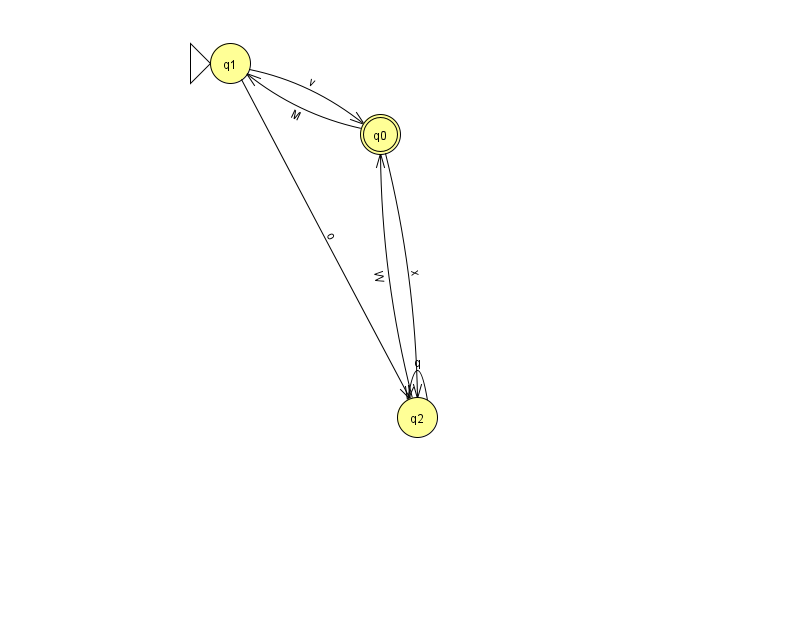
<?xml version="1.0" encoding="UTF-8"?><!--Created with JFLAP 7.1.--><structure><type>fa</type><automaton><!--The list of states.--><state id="0" name="q0"><x>380.0</x><y>121.0</y><final/></state><state id="1" name="q1"><x>230.0</x><y>50.0</y><initial/></state><state id="2" name="q2"><x>417.0</x><y>404.0</y></state><!--The list of transitions.--><transition><from>2</from><to>2</to><read>q</read></transition><transition><from>1</from><to>0</to><read>v</read></transition><transition><from>2</from><to>0</to><read>W</read></transition><transition><from>0</from><to>1</to><read>M</read></transition><transition><from>0</from><to>2</to><read>x</read></transition><transition><from>1</from><to>2</to><read>o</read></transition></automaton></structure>